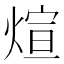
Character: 煊